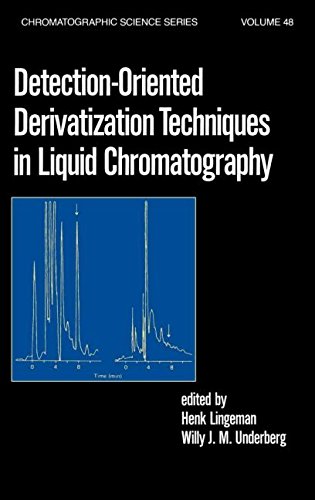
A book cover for Detection-Oriented Derivatization Techniques in Liquid Chromatography (Chromatographic Science Series); H. Lingeman; Science & Math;